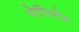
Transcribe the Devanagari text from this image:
मेरिस्टेम